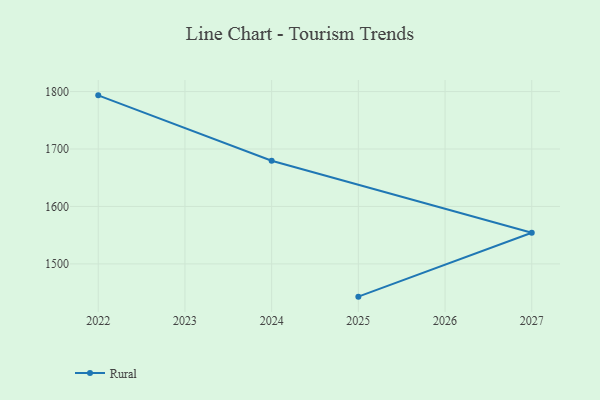
{"axis": {"x": "Year", "y": "Conversion Rate (%)"}, "legend": ["Rural"], "data": [{"x": "2025", "y": 1443.0, "type": "Rural"}, {"x": "2027", "y": 1554.2, "type": "Rural"}, {"x": "2024", "y": 1679.6, "type": "Rural"}, {"x": "2022", "y": 1793.4, "type": "Rural"}]}